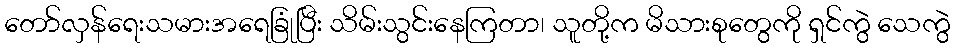
တော်လှန်ရေးသမားအရေခြုံပြီး သိမ်းသွင်းနေကြတာ၊ သူတို့က မိသားစုတွေကို ရှင်ကွဲ သေကွဲ